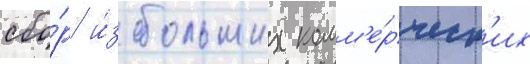
сбо́р и́з больших комм'е́рческ'их